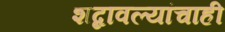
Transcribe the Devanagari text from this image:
शब्दावल्यांचाही